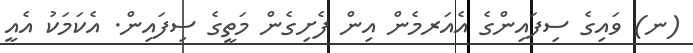
(ނ) ވައިގެ ސިފައިންގެ އެއަރމެން އިން ފެށިގެން މަތީގެ ސިފައިން. އެކަމަކު އެއީ